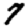
Digit: 7